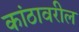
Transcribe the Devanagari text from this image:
कांठावरील